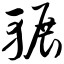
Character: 辗